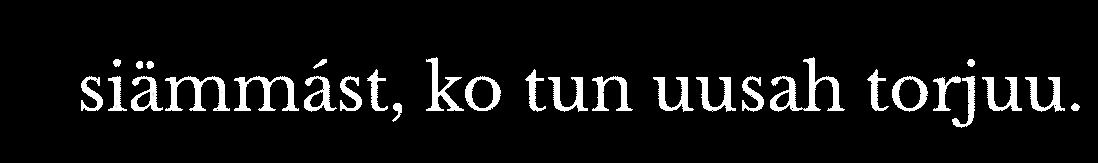
siämmást, ko tun uusah torjuu.